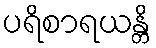
ပရိစာရယန္တိ